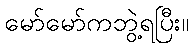
မော်မော်ကဘွဲ့ရပြီး။